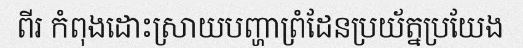
ពីរ កំពុងដោះស្រាយបញ្ហាព្រំដែនប្រយ័ត្នប្រយែង